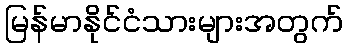
မြန်မာနိုင်ငံသားများအတွက်